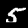
Label: 5